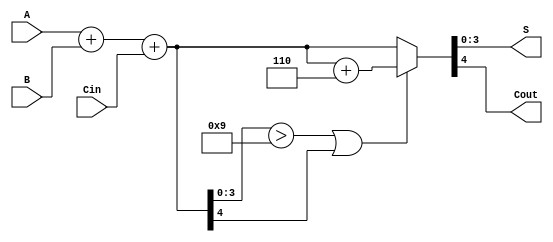
module BCD_Fast_Adder (
    input  [3:0] A,      // First 4-bit BCD input
    input  [3:0] B,      // Second 4-bit BCD input
    input        Cin,     // Carry-in
    output [3:0] S,      // 4-bit BCD sum output
    output       Cout     // Carry-out
);

    wire [4:0] Sum;          // Intermediate 5-bit sum (to accommodate carry)
    wire Cout_int;           // Internal carry-out from the binary addition
    wire [4:0] Corrected_Sum; // Sum after potential correction
    wire Correction_Required; // Flag to indicate if correction is needed

    // Step 1: Perform binary addition of A, B and Cin
    assign Sum = A + B + Cin; // 5-bit sum to capture carry
    assign Cout_int = Sum[4]; // Internal carry-out signal

    // Step 2: Check if correction is needed (if Sum > 9 or Cout_int = 1)
    assign Correction_Required = (Sum[3:0] > 4'b1001) || Cout_int;

    // Step 3: Calculate the corrected sum if necessary
    assign Corrected_Sum = Correction_Required ? (Sum + 5'd6) : Sum;

    // Step 4: Assign outputs
    assign S = Corrected_Sum[3:0]; // Final BCD result
    assign Cout = Corrected_Sum[4]; // Final carry-out

endmodule